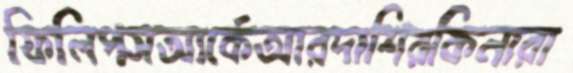
ফিলিপসআর্কেআরদাশিরকিনারা